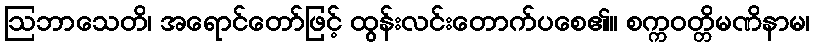
ဩဘာသေတိ၊ အရောင်တော်ဖြင့် ထွန်းလင်းတောက်ပစေ၏။ စက္ကဝတ္တိမဏိနာမ၊